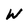
Character: W